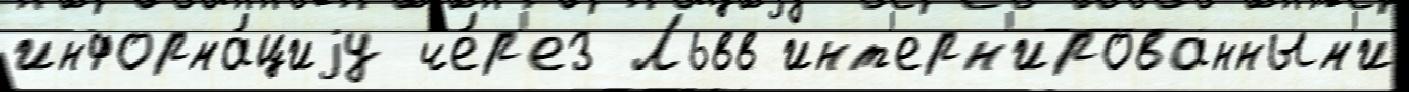
информа́циjу че́р'ез Львв инт'ерн'ированным'и